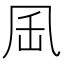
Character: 𠙄